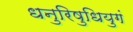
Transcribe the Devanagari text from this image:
धनुरिषुधियुगं